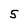
Character: 5